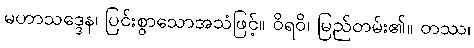
မဟာသဒ္ဒေန၊ ပြင်းစွာသောအသံဖြင့်။ ဝိရဝိ၊ မြည်တမ်း၏။ တဿ၊